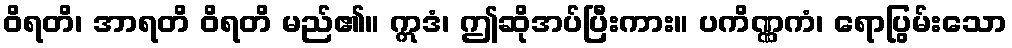
ဝိရတိ၊ အာရတိ ဝိရတိ မည်၏။ ဣဒံ၊ ဤဆိုအပ်ပြီးကား။ ပကိဏ္ဏကံ၊ ရောပြွမ်းသော